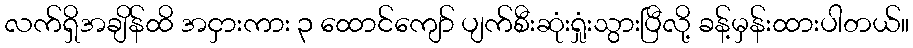
လက်ရှိအချိန်ထိ အငှားကား ၃ ထောင်ကျော် ပျက်စီးဆုံးရှုံးသွားပြီလို့ ခန့်မှန်းထားပါတယ်။